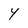
Character: Y